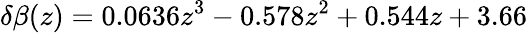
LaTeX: \delta\beta(z)=0.0636z^{3}-0.578z^{2}+0.544z+3.66